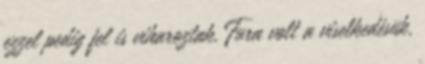
ezzel pedig fel is viharoztak. Fura volt a viselkedésük,